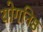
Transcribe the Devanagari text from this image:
योगनिष्ठ